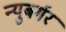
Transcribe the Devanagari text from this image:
न्युबर्गर